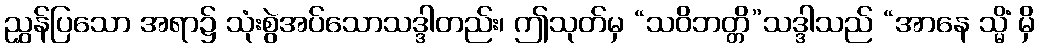
ညွှန်ပြသော အရာ၌ သုံးစွဲအပ်သောသဒ္ဒါတည်း၊ ဤသုတ်မှ “သဝိဘတ္တိ”သဒ္ဒါသည် “အာနေ သ္မိံ မှိ